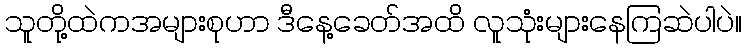
သူတို့ထဲကအများစုဟာ ဒီနေ့ခေတ်အထိ လူသုံးများနေကြဆဲပါပဲ။